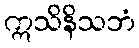
ဣသိနိသဘံ